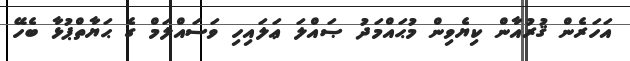
އަހަރެން ޤުރުއާން ކިޔެވިން މުޙައްމަދު ޞައްލަ ޢަލައިހި ވަސައްލަމް ގެ ޙަޔާތްޕުޅާ ބެހޭ